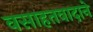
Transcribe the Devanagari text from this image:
वसाहतवादाने